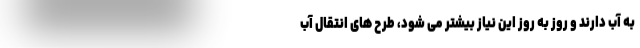
به آب دارند و روز به روز این نیاز بیشتر می شود، طرح های انتقال آب